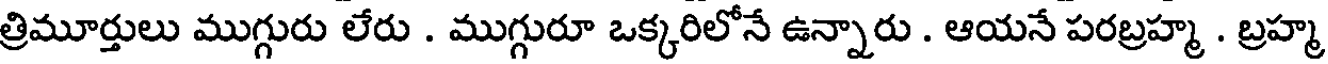
త్రిమూర్తులు ముగ్గురు లేరు . ముగ్గురూ ఒక్కరిలోనే ఉన్నారు . ఆయనే పరబ్రహ్మ . బ్రహ్మ